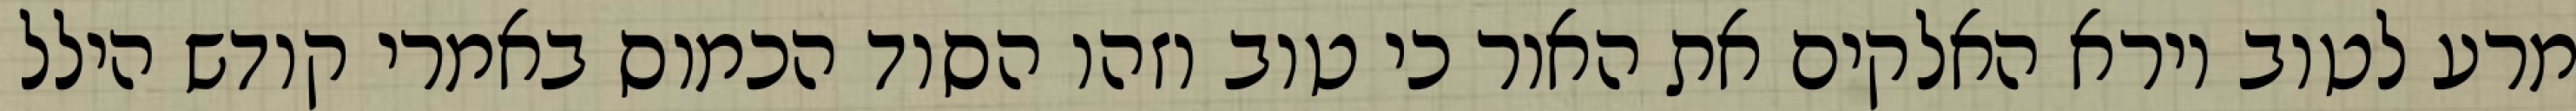
מרע לטוב וירא האלקים את האור כי טוב וזהו הסוד הכמוס באמרי קודש הילל